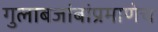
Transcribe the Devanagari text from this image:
गुलाबजांबांप्रमाणेच